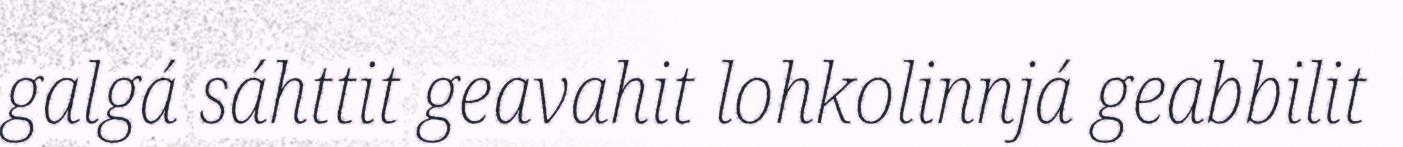
galgá sáhttit geavahit lohkolinnjá geabbilit